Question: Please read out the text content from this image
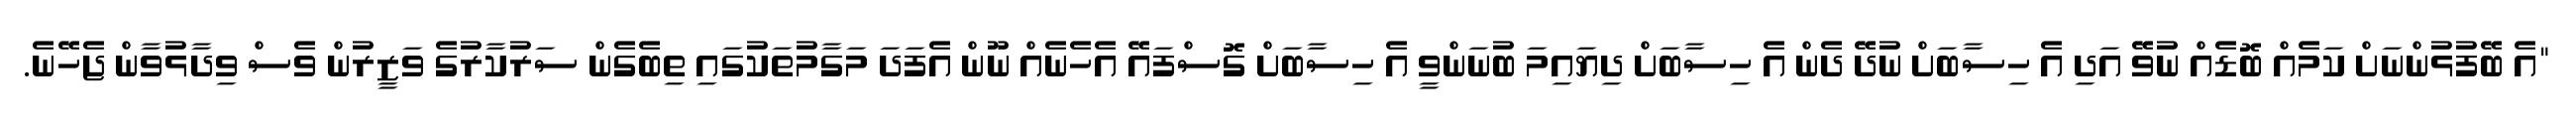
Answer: "އެ ބޭފުޅުންނަށް ކަމެއް ބޮޑެއް ނުވޭ އަދި އެ ހިސާބަށް ނުދޭ ދެން އެ ހިސާބަށް ދިޔައިމަ ބުނަންވީ އެ ހިސާބަށް ގޮސްފައޭ އެހެނެއް ނޫން އެފަދަ މަގާމުތަކުގައި ތިބެގެން ސަރުކާރުގެ ވަޒީރުން ވެސް ވިދާޅުވާން ޖެހޭނެ.